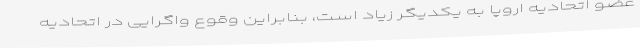
عضو اتحادیه اروپا به یکدیگر زیاد است، بنابراین وقوع واگرایی در اتحادیه